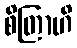
စိတြာဟိ